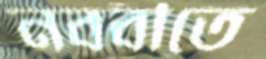
নববীতে